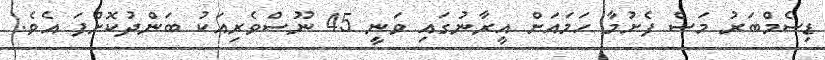
ޑިސެމްބަރު މަސް ފެށުމާ ހަމައަށް އީރާނުގައި ވަނީ 45 ނޫސްވެރިއަކު ބަންދުކޮށްފަ އެވެ.